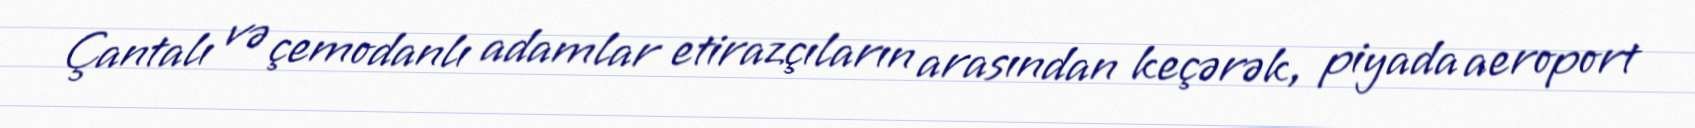
Çantalı və çemodanlı adamlar etirazçıların arasından keçərək, piyada aeroport